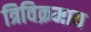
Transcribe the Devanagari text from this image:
त्रिविक्रमाय